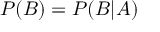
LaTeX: P ( B ) = P ( B | A )